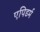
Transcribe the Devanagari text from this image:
एपिडर्म